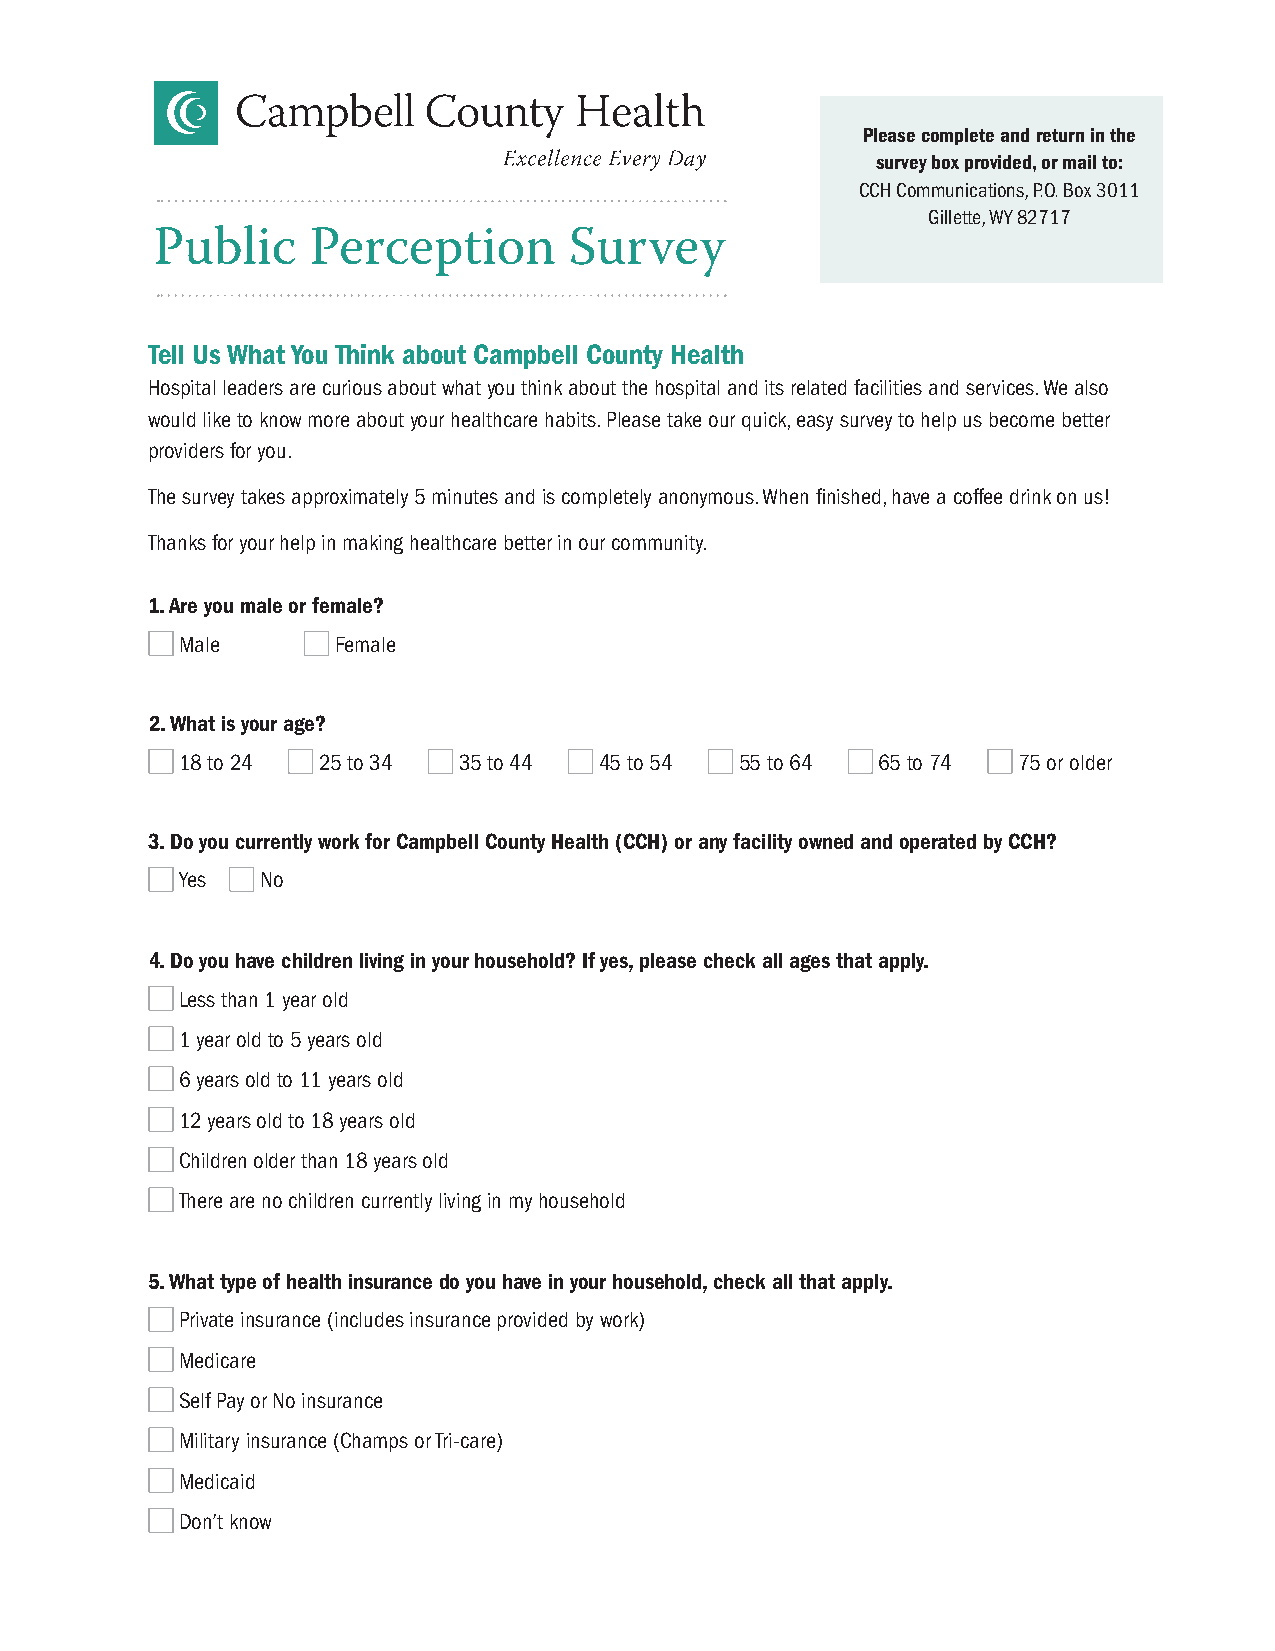
Please complete and return in the
 survey box provided, or mail to:
 CCH Communications, P.O. Box 3011
 Gillette, WY 82717
 Public    Perception        Survey
 Tell Us What You Think about Campbell County Health
 Hospital leaders are curious about what you think about the hospital and its related facilities and services. We also
 would like to know more about your healthcare habits. Please take our quick, easy survey to help us become better
 providers for you.
 The survey takes approximately 5 minutes and is completely anonymous. When finished, have a coffee drink on us!
 Thanks for your help in making healthcare better in our community.
 1. Are you male or female?
 Male      Female
 2. What is your age?
 18 to 24 25 to 34 35 to 44  45 to 54 55 to 64 65 to 74 75 or older
 3. Do you currently work for Campbell County Health (CCH) or any facility owned and operated by CCH?
 Yes  No
 4. Do you have children living in your household? If yes, please check all ages that apply.
 Less than 1 year old
 1 year old to 5 years old
 6 years old to 11 years old
 12 years old to 18 years old
 Children older than 18 years old
 There are no children currently living in my household
 5. What type of health insurance do you have in your household, check all that apply.
 Private insurance (includes insurance provided by work)
 Medicare
 Self Pay or No insurance
 Military insurance (Champs or Tri-care)
 Medicaid
 Don’t know